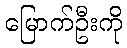
မြောက်ဦးကို